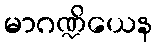
မာဂဏ္ဍိယေန